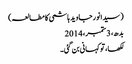
(سیدانورجاوید ہاشمی کا مطالعہ)
بدھ، 3 ستمبر، 2014
لکھا، تو کہانی بن گئی۔